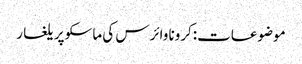
موضوعات:کرونا وائرس کی ماسکو پر یلغار